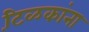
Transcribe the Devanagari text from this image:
टि़ळकांना